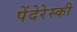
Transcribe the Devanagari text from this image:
पेंदेरेस्की